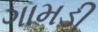
ગામડી